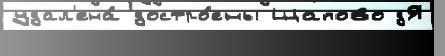
удал'ена́ достро́ены Щапово дЯ